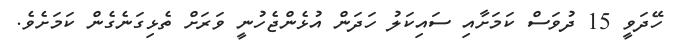
ހޭދަވީ 15 ދުވަސް ކަމަށާއި ސައިކަލު ހަދަން އުޅެންޖެހުނީ ވަރަށް ތެޅިގަނެގެން ކަމަށެވެ.